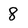
Character: 8